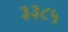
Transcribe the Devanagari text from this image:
३३८५